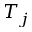
T _ { j }